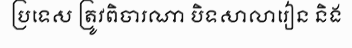
ប្រទេស ត្រូវពិចារណា បិទសាលារៀន និង